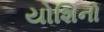
યોશિનો